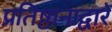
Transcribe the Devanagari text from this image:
प्रतिष्ठानाद्वारे